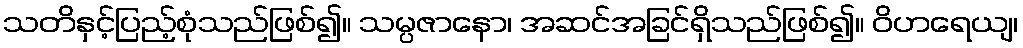
သတိနှင့်ပြည့်စုံသည်ဖြစ်၍။ သမ္ပဇာနော၊ အဆင်အခြင်ရှိသည်ဖြစ်၍။ ဝိဟရေယျ၊